Source: Handwritten
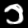
Digit: ၁ (1)